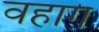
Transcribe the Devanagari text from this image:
वहाग